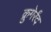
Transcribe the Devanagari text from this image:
क्रुगेर्रंद